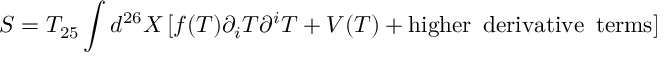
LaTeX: S = T _ { 2 5 } \int d ^ { 2 6 } X \, [ f ( T ) \partial _ { i } T \partial ^ { i } T + V ( T ) + \mathrm { h i g h e r \enspace d e r i v a t i v e \enspace t e r m s } ]